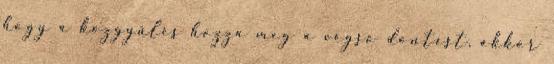
hogy a közgyűlés hozza meg a végső döntést, akkor